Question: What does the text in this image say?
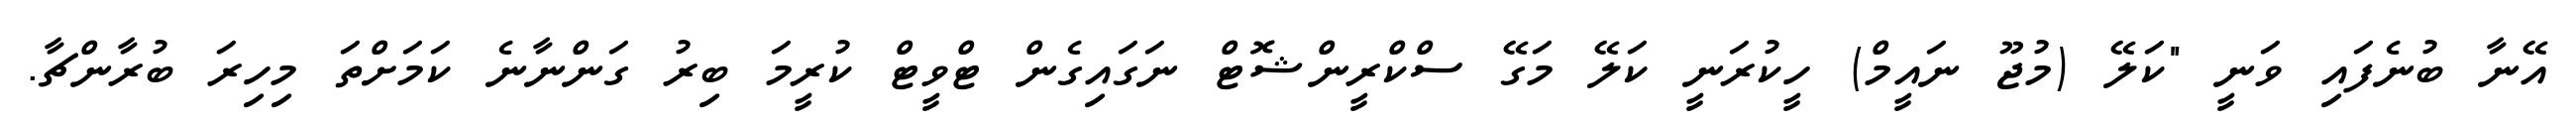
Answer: އޭނާ ބުނެފައި ވަނީ "ކަލޭ (މުޖޫ ނައީމް) ހީކުރަނީ ކަލޭ މަގޭ ސްކްރީންޝޮޓް ނަގައިގެން ޓްވީޓް ކުރީމަ ބިރު ގަންނާނެ ކަމަށްތަ މިހިރަ ބުރާންޗާ.